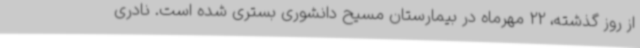
از روز گذشته، 22 مهرماه در بیمارستان مسیح دانشوری بستری شده است. نادری